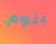
بنوم